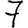
Digit: 7